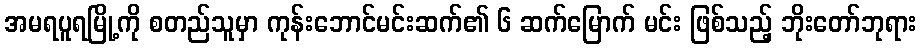
အမရပူရမြို့ကို စတည်သူမှာ ကုန်းဘောင်မင်းဆက်၏ ၆ ဆက်မြောက် မင်း ဖြစ်သည့် ဘိုးတော်ဘုရား